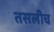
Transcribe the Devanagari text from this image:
तसलीच